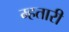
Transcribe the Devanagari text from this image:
म्हतारी